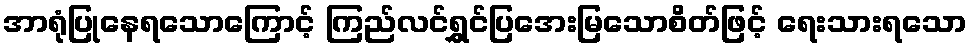
အာရုံပြုနေရသောကြောင့် ကြည်လင်ရွှင်ပြအေးမြသောစိတ်ဖြင့် ရေးသားရသော